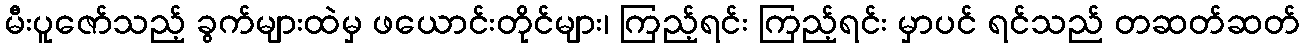
မီးပူဇော်သည့် ခွက်များထဲမှ ဖယောင်းတိုင်များ၊ ကြည့်ရင်း ကြည့်ရင်း မှာပင် ရင်သည် တဆတ်ဆတ်